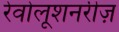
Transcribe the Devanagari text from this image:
रेवोलूशनरीज़